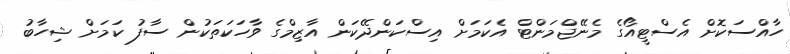
ހާއްސަކޮށް އެސްޓީއޯގެ މެނޭޖްމަންޓް އެކަމަށް އިސްކަންދޭކަން އާޒިމްގެ ވާހަކަތަކުން ސާފު ކަމަށް ޝިހާބު